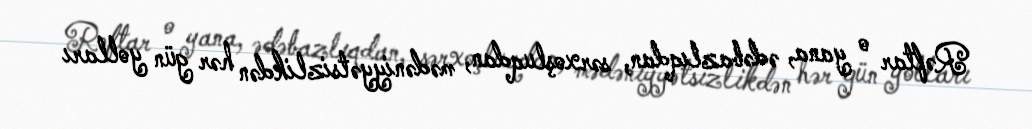
Rəftar o yana, ədəbazlıqdan, sərxoşluqdan, mədəniyyətsizlikdən hər gün yolları